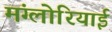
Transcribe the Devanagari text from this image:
मंग्लोरियाई